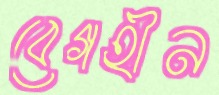
বেগহীন